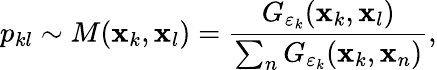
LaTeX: p_{kl}\sim M(\mathbf{x}_{k},\mathbf{x}_{l})=\frac{G_{\varepsilon_{k}}(\mathbf{x}_{k},\mathbf{x}_{l})}{\sum_{n}G_{\varepsilon_{k}}(\mathbf{x}_{k},\mathbf{x}_{n})},